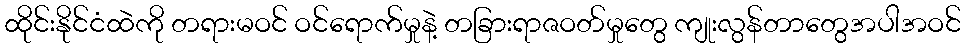
ထိုင်းနိုင်ငံထဲကို တရားမဝင် ဝင်ရောက်မှုနဲ့ တခြားရာဇဝတ်မှုတွေ ကျုးလွန်တာတွေအပါအဝင်